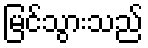
မြင်သွားသည်